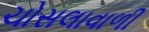
ચોસલાવાળી